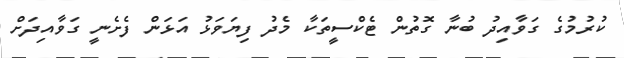
ކުރުމުގެ ގަވާއިދު ބުނާ ގޮތުން ޓެކްސީތަކާ މެދު ފިޔަވަޅު އަޅަން ފެށެނީ ގަވާއިދަށް